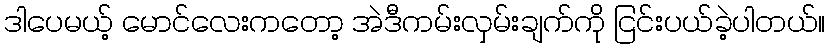
ဒါပေမယ့် မောင်လေးကတော့ အဲဒီကမ်းလှမ်းချက်ကို ငြင်းပယ်ခဲ့ပါတယ်။